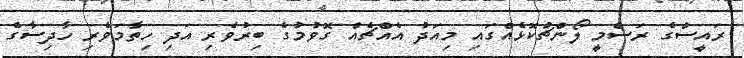
ރައީސްގެ ރަސްމީ ލޯންޗުކޮޅެއްގައި މިއަދު އެއްޗެއް ގޮވުމުގެ ބިރުވެރި އަދި ހިތާމަވެރި ހާދިސާގެ